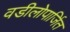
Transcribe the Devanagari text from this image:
वडीलोपार्जित